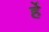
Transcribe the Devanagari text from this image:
र्हे